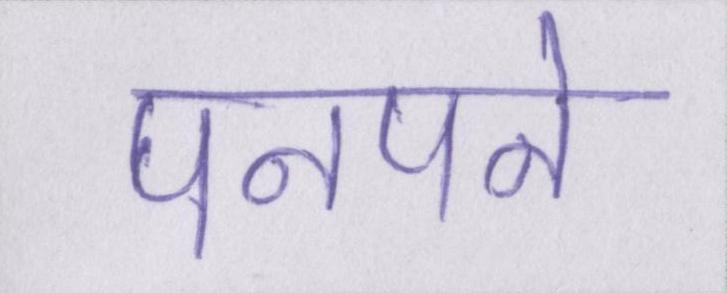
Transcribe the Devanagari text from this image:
पनपने